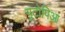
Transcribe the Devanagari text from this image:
यूटोपिआ